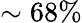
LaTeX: \sim 68\%